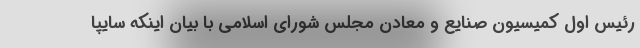
رئیس اول کمیسیون صنايع و معادن مجلس شوراي اسلامي با بيان اينكه سایپا